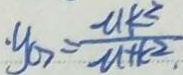
\cdot y _ { G } = \frac { - a k ^ { 2 } } { - a + k ^ { 2 } }